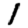
Digit: 1